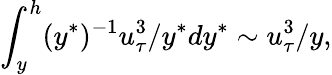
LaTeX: \int_{y}^{h}(y^{*})^{-1}u_{\tau}^{3}/y^{*}dy^{*}\sim u_{\tau}^{3}/y,